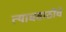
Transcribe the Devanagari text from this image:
त्याचसाठीचे